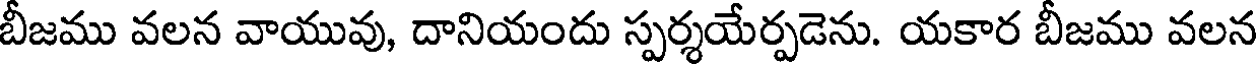
బీజము వలన వాయువు, దానియందు స్పర్శయేర్పడెను. యకార బీజము వలన